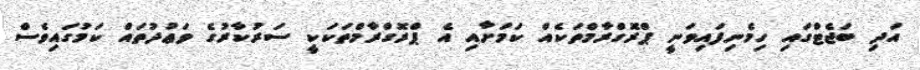
އަދި ބަޖެޓްގައި ހިމެނިފައިވަނީ ޕްރޮގްރާމްތަކެއް ކަމަށާއި އެ ޕްރޮގްރާމްތަކަކީ ސަރުކާރުގެ ވަޢުދުތައް ކަމުގައިވެސް